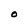
Character: O